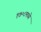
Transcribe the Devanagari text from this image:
१७०८मध्ये